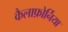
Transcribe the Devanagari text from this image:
कैलाफ़ोर्निया